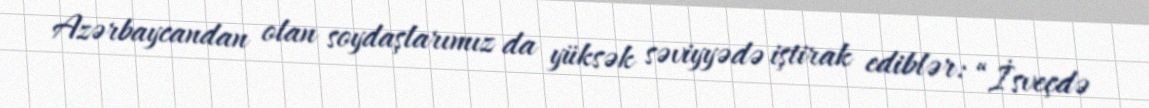
Azərbaycandan olan soydaşlarımız da yüksək səviyyədə iştirak ediblər: “İsveçdə